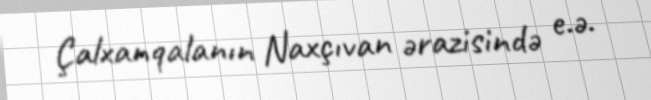
Çalxanqalanın Naxçıvan ərazisində e.ə.